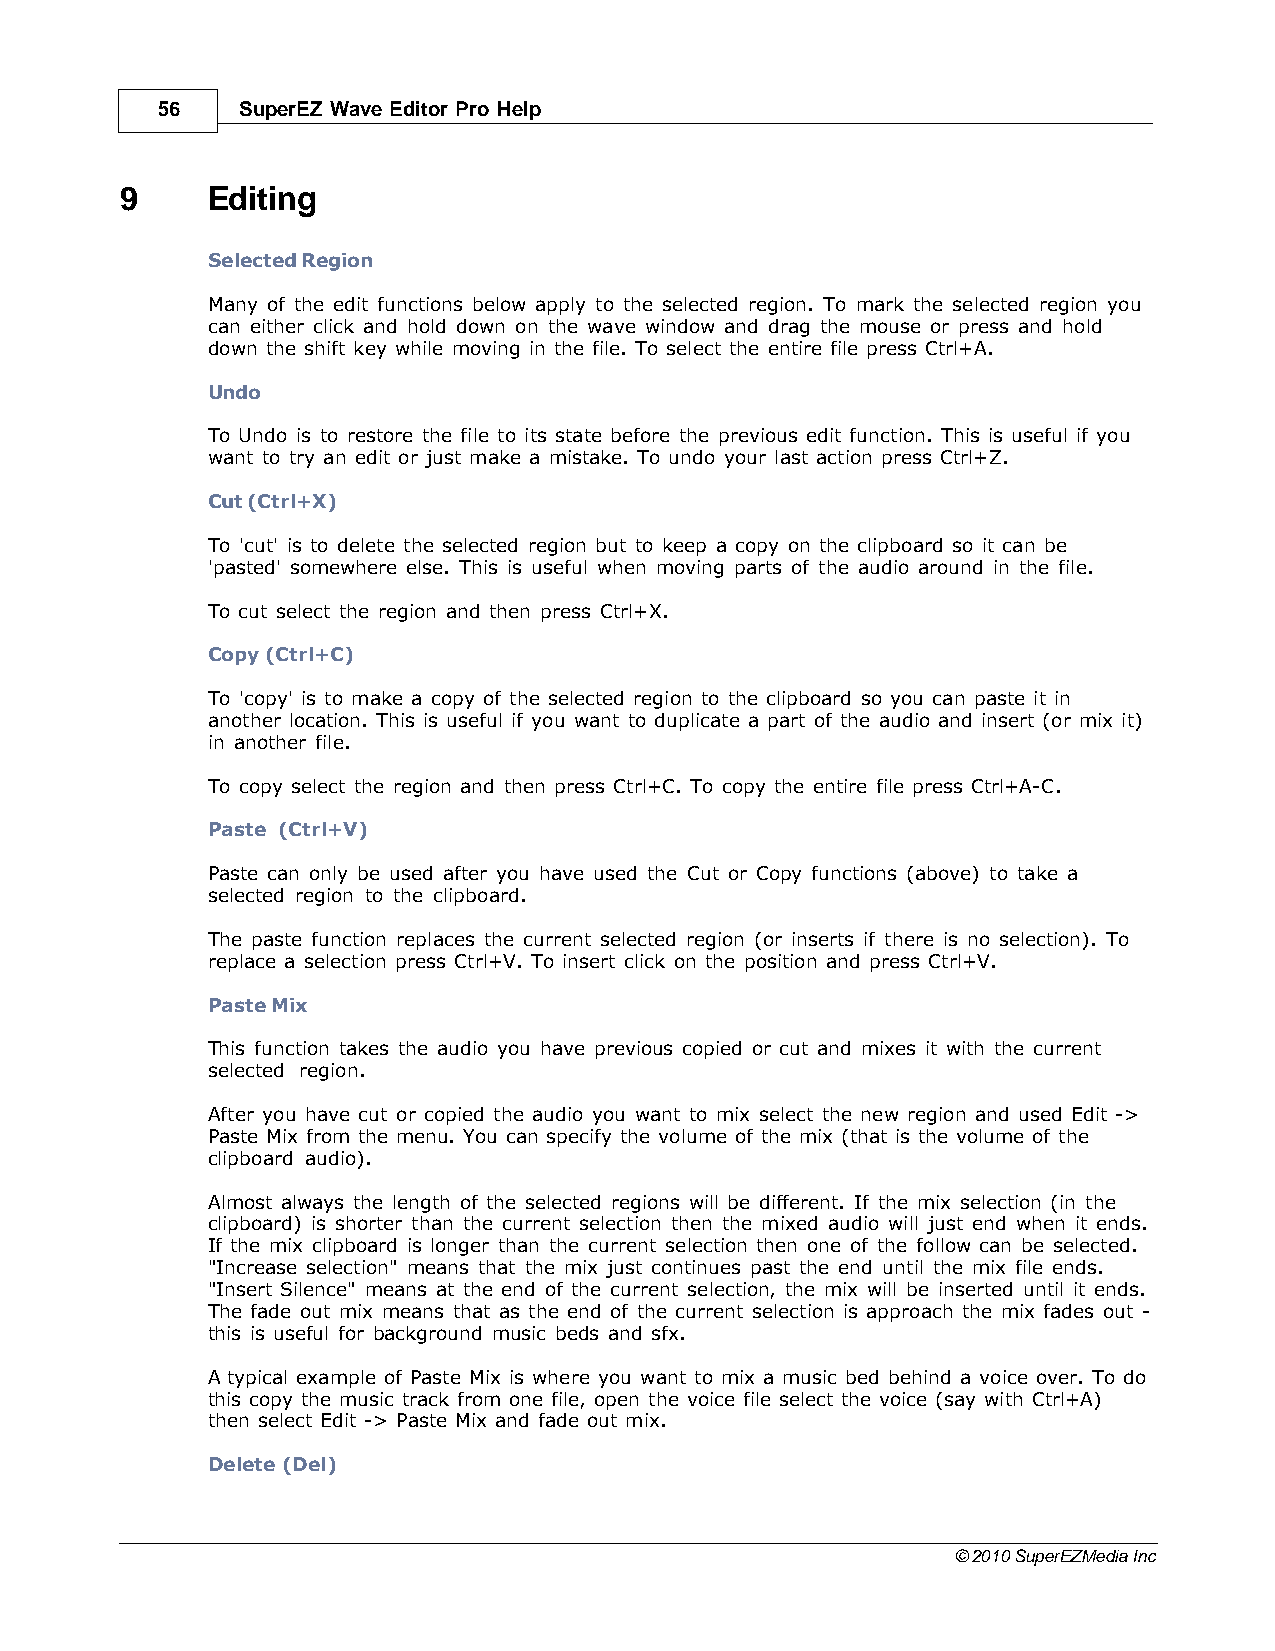
56    SuperEZ Wave Editor Pro Help
 9     Editing
 Selected Region
 Many of the edit functions below apply to the selected region. To mark the selected region you
 can either click and hold down on the wave window and drag the mouse or press and hold
 down the shift key while moving in the file. To select the entire file press Ctrl+A.
 Undo
 To Undo is to restore the file to its state before the previous edit function. This is useful if you
 want to try an edit or just make a mistake. To undo your last action press Ctrl+Z.
 Cut (Ctrl+X)
 To 'cut' is to delete the selected region but to keep a copy on the clipboard so it can be
 'pasted' somewhere else. This is useful when moving parts of the audio around in the file.
 To cut select the region and then press Ctrl+X.
 Copy (Ctrl+C)
 To 'copy' is to make a copy of the selected region to the clipboard so you can paste it in
 another location. This is useful if you want to duplicate a part of the audio and insert (or mix it)
 in another file.
 To copy select the region and then press Ctrl+C. To copy the entire file press Ctrl+A-C.
 Paste (Ctrl+V)
 Paste can only be used after you have used the Cut or Copy functions (above) to take a
 selected region to the clipboard.
 The paste function replaces the current selected region (or inserts if there is no selection). To
 replace a selection press Ctrl+V. To insert click on the position and press Ctrl+V.
 Paste Mix
 This function takes the audio you have previous copied or cut and mixes it with the current
 selected region.
 After you have cut or copied the audio you want to mix select the new region and used Edit ->
 Paste Mix from the menu. You can specify the volume of the mix (that is the volume of the
 clipboard audio).
 Almost always the length of the selected regions will be different. If the mix selection (in the
 clipboard) is shorter than the current selection then the mixed audio will just end when it ends.
 If the mix clipboard is longer than the current selection then one of the follow can be selected.
 "Increase selection" means that the mix just continues past the end until the mix file ends.
 "Insert Silence" means at the end of the current selection, the mix will be inserted until it ends.
 The fade out mix means that as the end of the current selection is approach the mix fades out -
 this is useful for background music beds and sfx.
 A typical example of Paste Mix is where you want to mix a music bed behind a voice over. To do
 this copy the music track from one file, open the voice file select the voice (say with Ctrl+A)
 then select Edit -> Paste Mix and fade out mix.
 Delete (Del)
 © 2010 SuperEZMedia Inc